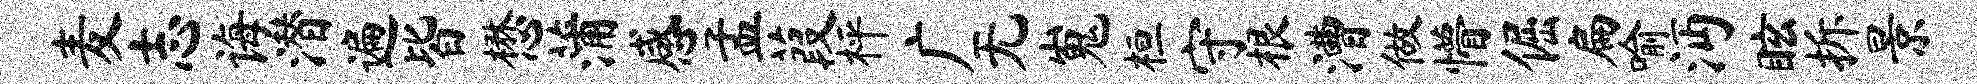
麦志诲潜遍皆懋蒲感孟葭枰广无嵬桓守根漕做懵倔扁喻沔眩拆景